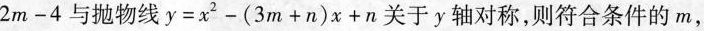
2m - 4 $$与抛物线 $$ y = x^{2} - (3m + n)x + n $$关于y轴对称，则符合条件的m，